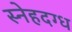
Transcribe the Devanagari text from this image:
स्नेहदग्ध